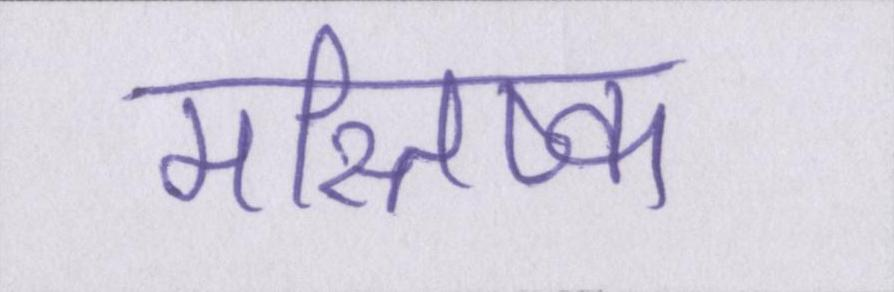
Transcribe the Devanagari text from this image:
मस्तिष्क